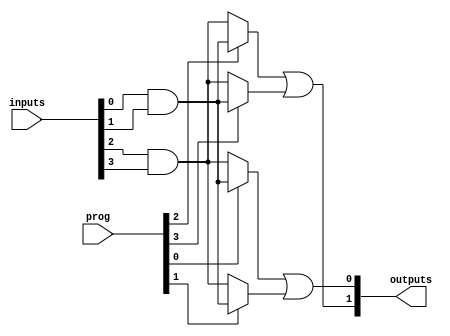
module hs_pal #(
    parameter NUM_INPUTS = 8,            // Number of inputs (modifiable)
    parameter NUM_AND_TERMS = 4,         // Number of programmable AND terms
    parameter NUM_OUTPUTS = 2             // Number of outputs
)(
    input wire [NUM_INPUTS-1:0] inputs,   // Input signal vector
    input wire [NUM_AND_TERMS-1:0] prog,   // Programming vector (for AND connections)
    output wire [NUM_OUTPUTS-1:0] outputs  // Output signal vector
);

// Internal signals for AND terms
wire [NUM_AND_TERMS-1:0] and_outputs;

// Programmable AND array logic
genvar i;
generate
    for (i = 0; i < NUM_AND_TERMS; i = i + 1) begin : and_array
        assign and_outputs[i] = prog[i] ? 
                                 (inputs[0] & inputs[1]) :  // Example: specific input combination
                                 (inputs[2] & inputs[3]);   // Change as needed for programmability
    end
endgenerate

// Fixed OR array logic
assign outputs[0] = and_outputs[0] | and_outputs[1]; // Example OR logic
assign outputs[1] = and_outputs[2] | and_outputs[3]; // Change as needed for additional outputs

endmodule